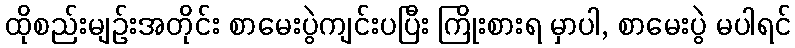
ထိုစည်းမျဉ်းအတိုင်း စာမေးပွဲကျင်းပပြီး ကြိုးစားရ မှာပါ, စာမေးပွဲ မပါရင်